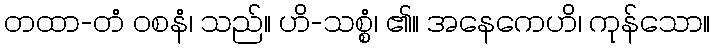
တထာ-တံ ဝစနံ၊ သည်။ ဟိ-သစ္စံ၊ ၏။ အနေကေဟိ၊ ကုန်သော။